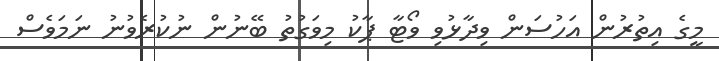
މީގެ އިތުރުން އަހުސަން ވިދާޅުވި ވޯޓާ ޕާކު މިވަގުތު ބޭނުން ނުކުރެވުނު ނަމަވެސް